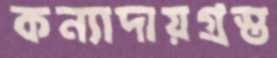
কন্যাদায়গ্রস্ত